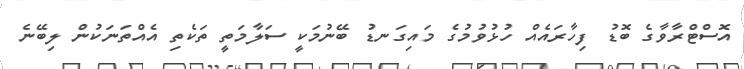
އޮސްޓްރާވާގެ ބޮޑު ފިހާރައެއް ހުޅުވުމުގެ މައިގަނޑު ބޭނުމަކީ ސަލާމަތީ ތަކެތި އެއްތަނަކުން ލިބޭނެ